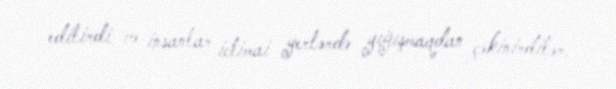
edilirdi və insanlar ictimai yerlərdə yığışmaqdan çəkinirdilər.